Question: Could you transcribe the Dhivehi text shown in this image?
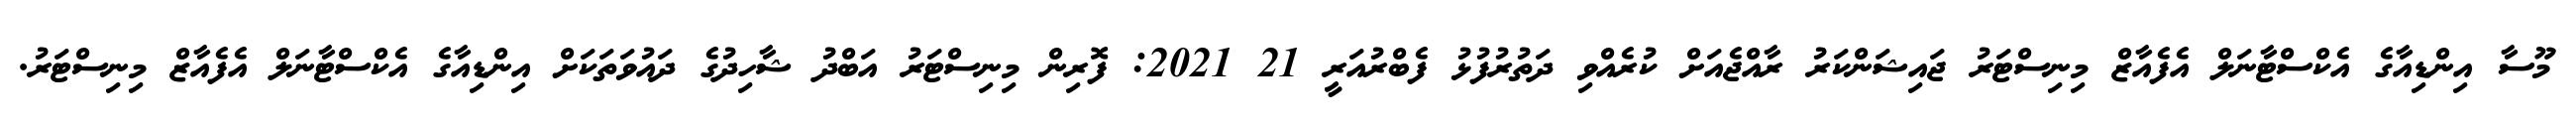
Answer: މޫސާ އިންޑިއާގެ އެކްސްޓާނަލް އެފެއާޒް މިނިސްޓަރު ޖައިޝަންކަރު ރާއްޖެއަށް ކުރެއްވި ދަތުރުފުޅު ފެބްރުއަރީ 21 2021: ފޮރިން މިނިސްޓަރު އަބްދު ޝާހިދުގެ ދައުވަތަކަށް އިންޑިއާގެ އެކްސްޓާނަލް އެފެއާޒް މިނިސްޓަރު.